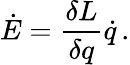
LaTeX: \dot{E}={\frac{\delta L}{\delta q}}\dot{q}\, .